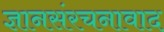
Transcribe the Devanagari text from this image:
ज्ञानसंरचनावाद